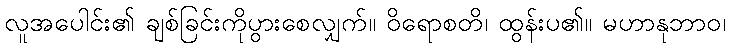
လူအပေါင်း၏ ချစ်ခြင်းကိုပွားစေလျှက်။ ဝိရောစတိ၊ ထွန်းပ၏။ မဟာနုဘာဝ၊